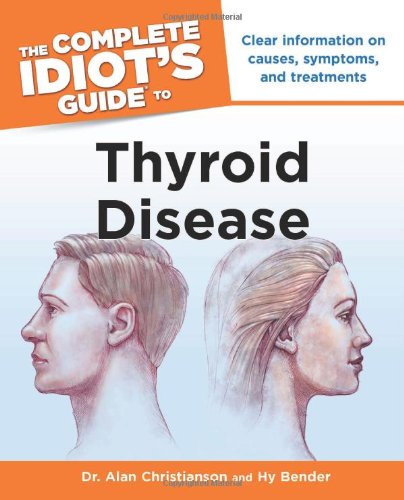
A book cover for The Complete Idiot's Guide to Thyroid Disease (Idiot's Guides); Dr. Alan Christianson; Health, Fitness & Dieting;